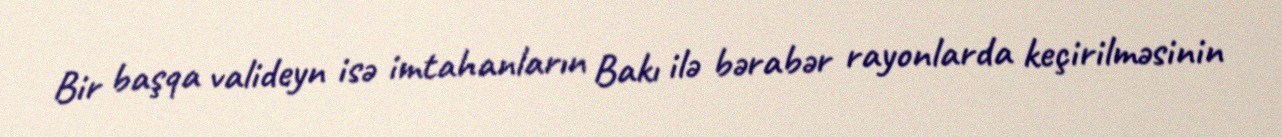
Bir başqa valideyn isə imtahanların Bakı ilə bərabər rayonlarda keçirilməsinin